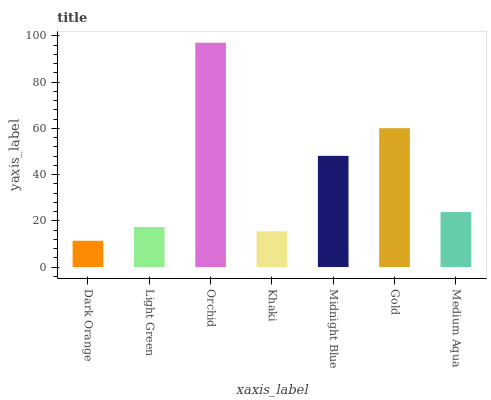
| xaxis_label | bars |
 | --- | --- |
 | Dark Orange | 11.4 |
 | Light Green | 17.3 |
 | Orchid | 97 |
 | Khaki | 15.5 |
 | Midnight Blue | 48.1 |
 | Gold | 60.1 |
 | Medium Aqua | 23.8 |